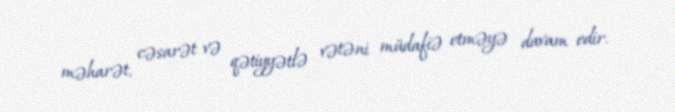
məharət, cəsarət və qətiyyətlə vətəni müdafiə etməyə davam edir.